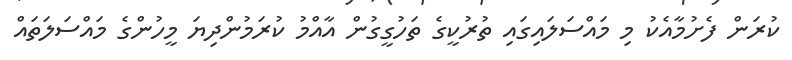
ކުރަން ފެށުމާއެކު މި މައްސަލައިގައި ތުރުކީގެ ތަހުގީގުން އާއްމު ކުރަމުންދިޔަ މީހުންގެ މައްސަލަތައް